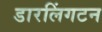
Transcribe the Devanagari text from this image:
डारलिंगटन